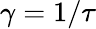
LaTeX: \gamma=1/\tau